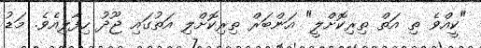
"ކީއްވެ ތި އަތް ތިރިކޮށްލީ" އަންބަރް ތިރިކޮށްލި އަތުގައި ޖޫދު ހިފާލިއެވެ. މަޑު